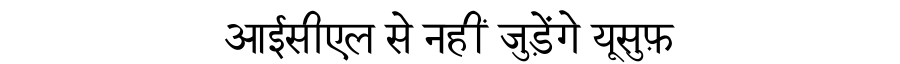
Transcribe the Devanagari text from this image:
आईसीएल से नहीं जुड़ेंगे यूसुफ़